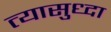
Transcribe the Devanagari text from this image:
त्यासुध्दा